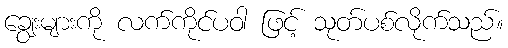
ချွေးများကို လက်ကိုင်ပဝါ ဖြင့် သုတ်ပစ်လိုက်သည်။